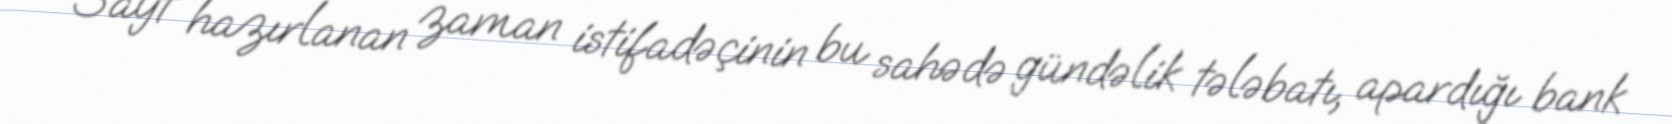
Sayt hazırlanan zaman istifadəçinin bu sahədə gündəlik tələbatı, apardığı bank